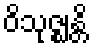
ဝိသုဇ္ဈန္တိ